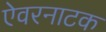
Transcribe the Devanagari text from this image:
ऐवरनाटक